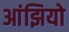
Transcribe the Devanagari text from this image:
आंझियो